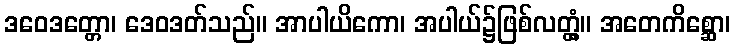
ဒဝေဒတ္တော၊ ဒေဝဒတ်သည်။ အာပါယိကော၊ အပါယ်၌ဖြစ်လတ္တံ့။ အတေကိစ္ဆော၊